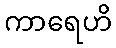
ကာရေဟိ